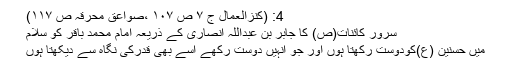
4: (کنزالعمال ج ۷ ص ۱۰۷ ،صواعق محرقہ ص ۱۱۷)
سرور کائنات(ص) کا جابر بن عبداللہ انصاری کے ذریعہ امام محمد باقر کو سلام
میں حسنین (ع)کودوست رکھتا ہوں اور جو انہیں دوست رکھے اسے بھی قدرکی نگاہ سے دیکھتا ہوں